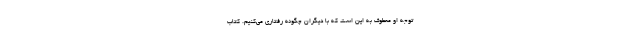
توجه او معطوف به این است که با دیگران چگونه رفتاری می‌کنیم. کتاب